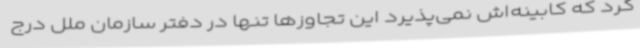
کرد که کابینه‌اش نمی‌پذیرد این تجاوزها تنها در دفتر سازمان ملل درج